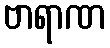
ဗာရာဏ